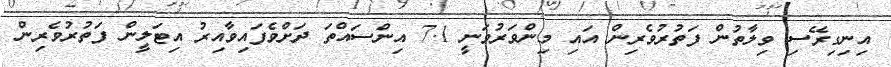
އިނިގިރޭސި ވިލާތުން ފަތުރުވެރިން އައި މިންވަރުވަނީ 7.1 އިންސައްތަ ދަށްވެފައިވާއިރު އިޓަލީން ފަތުރުވެރިން